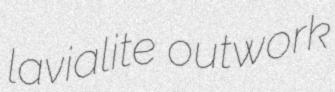
lavialite outwork